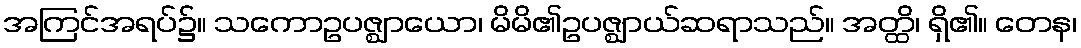
အကြင်အရပ်၌။ သကောဥပဇ္ဈာယော၊ မိမိ၏ဥပဇ္ဈာယ်ဆရာသည်။ အတ္ထိ၊ ရှိ၏။ တေန၊